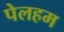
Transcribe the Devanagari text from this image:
पेलहम